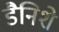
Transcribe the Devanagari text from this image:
डैनिशे